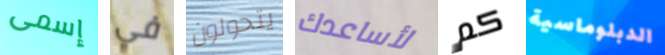
إسمى في يتحولون لأساعدك كم الدبلوماسية